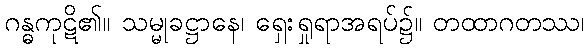
ဂန္ဓကုဋိ၏။ သမ္မုခဋ္ဌာနေ၊ ရှေးရှုရာအရပ်၌။ တထာဂတဿ၊